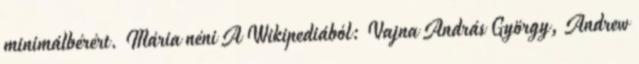
minimálbérért. Mária néni A Wikipediából: Vajna András György, Andrew